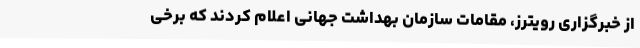
از خبرگزاری رویترز، مقامات سازمان بهداشت جهانی اعلام کردند که برخی